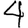
Digit: 4